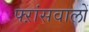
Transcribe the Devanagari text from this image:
फ्ऱांसवालों